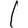
Digit: 1